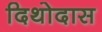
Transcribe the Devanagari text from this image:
दिथोदास